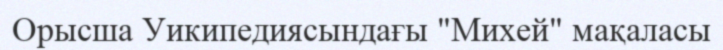
Орысша Уикипедиясындағы "Михей" мақаласы